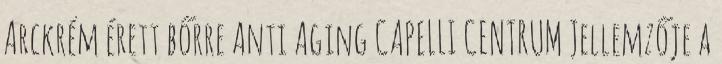
Arckrém érett bőrre Anti Aging CAPELLI CENTRUM Jellemzője a